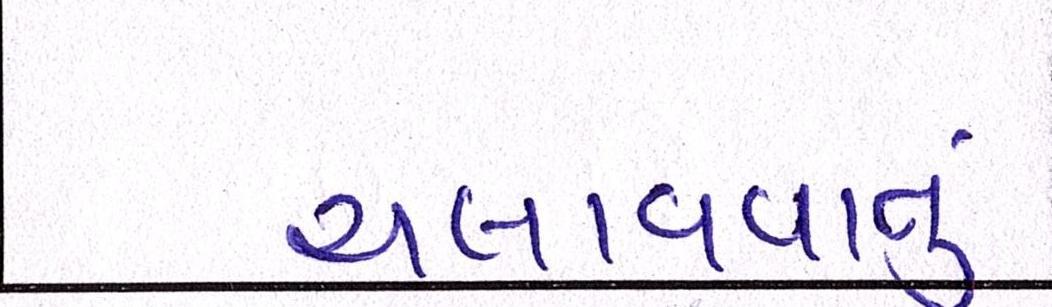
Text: ચલાવવાનુ